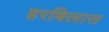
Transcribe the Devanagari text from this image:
हरबिलास